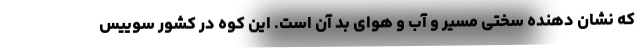
که نشان دهنده سختی مسیر و آب و هوای بد آن است. این کوه در کشور سوییس